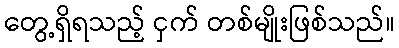
တွေ့ရှိရသည့် ငှက် တစ်မျိုးဖြစ်သည်။